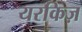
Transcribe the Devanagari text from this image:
यरकिज़